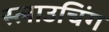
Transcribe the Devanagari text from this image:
स्लाउचिंग